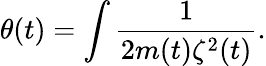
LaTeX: \theta(t)=\int\frac{1}{2m(t)\zeta^{2}(t)}.